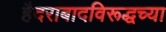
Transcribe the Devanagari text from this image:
हैदराबादविरूद्धच्या